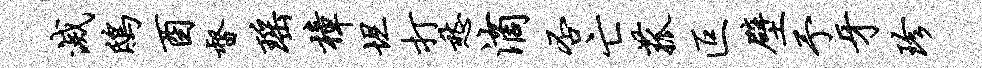
灭鸱酉督瑶樟坦打愁滴否亡菰叵壁予牙珍